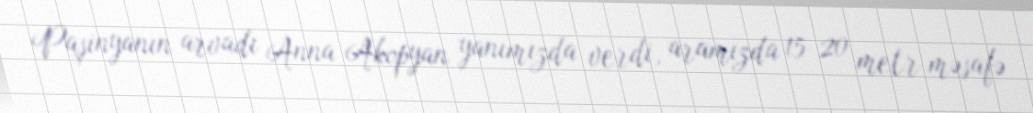
Paşinyanın arvadı Anna Akopyan yanımızda verdi, aramızda 15-20 metr məsafə